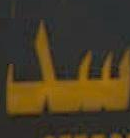
سد